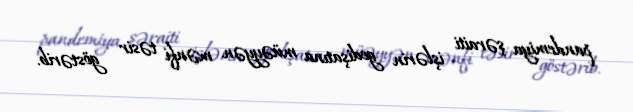
pandemiya şəraiti işlərin gedişatına müəyyən mənfi təsir göstərib.